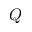
Q